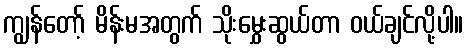
ကျွန်တော့် မိန်းမအတွက် သိုးမွှေးဆွယ်တာ ဝယ်ချင်လို့ပါ။